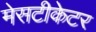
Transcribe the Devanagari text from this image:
मेसटीकेटर